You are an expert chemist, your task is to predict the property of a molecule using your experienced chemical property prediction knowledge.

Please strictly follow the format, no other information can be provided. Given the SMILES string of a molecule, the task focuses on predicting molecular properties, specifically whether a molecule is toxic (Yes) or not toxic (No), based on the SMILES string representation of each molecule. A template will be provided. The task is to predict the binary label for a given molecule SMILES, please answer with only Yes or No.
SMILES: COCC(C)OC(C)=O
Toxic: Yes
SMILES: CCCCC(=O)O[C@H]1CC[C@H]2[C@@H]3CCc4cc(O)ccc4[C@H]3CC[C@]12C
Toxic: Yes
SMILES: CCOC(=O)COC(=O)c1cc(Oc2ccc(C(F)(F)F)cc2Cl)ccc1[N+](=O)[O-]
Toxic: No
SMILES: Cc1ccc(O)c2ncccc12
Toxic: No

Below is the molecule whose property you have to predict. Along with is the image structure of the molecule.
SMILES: CCCCC(=O)OCC(=O)[C@]1(O)Cc2c(O)c3c(c(O)c2[C@@H](O[C@H]2C[C@H](NC(=O)C(F)(F)F)[C@H](O)[C@H](C)O2)C1)C(=O)c1c(OC)cccc1C3=O
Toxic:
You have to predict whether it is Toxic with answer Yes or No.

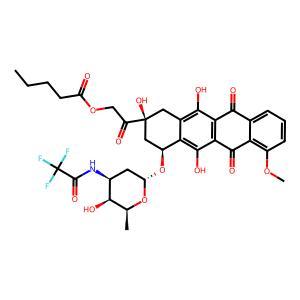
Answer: No